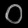
Digit: ၀